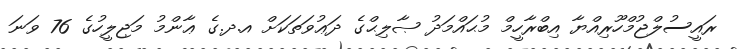
ރައީސުލްޖުމްހޫރިއްޔާ އިބްރާހީމް މުޙައްމަދު ޞާލިޙްގެ ދަޢުވަތަކަށް އ.ދ.ގެ ޢާންމު މަޖިލީހުގެ 76 ވަނަ